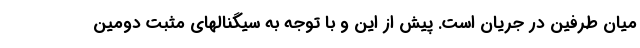
میان طرفین در جریان است. پیش از این و با توجه به سیگنالهای مثبت دومین